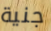
جنية